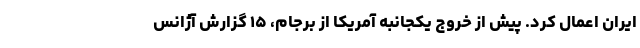
ایران اعمال کرد. پیش از خروج یکجانبه آمریکا از برجام، ۱۵ گزارش آژانس